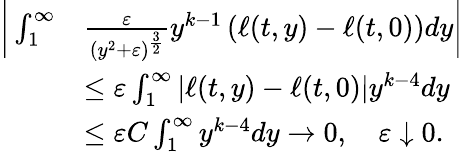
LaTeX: \begin{array}{rl}{\bigg|\int_{1}^{\infty}}&{\frac{\varepsilon}{(y^{2}+\varepsilon)^{\frac{3}{2}}}y^{k-1}\left(\ell(t,y)-\ell(t,0)\right)dy\bigg|}\\ &{\le\varepsilon\int_{1}^{\infty}\left|\ell(t,y)-\ell(t,0)\right|y^{k-4}dy}\\ &{\le\varepsilon C\int_{1}^{\infty}y^{k-4}dy\to 0,\quad\varepsilon\downarrow 0.}\end{array}